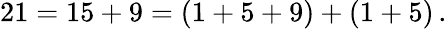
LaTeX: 21=15+9=(1+5+9)+(1+5)\, .